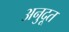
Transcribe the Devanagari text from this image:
अनुदूत